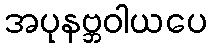
အပုနဗ္ဘဝါယပေ